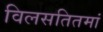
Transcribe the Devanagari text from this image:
विलसतितमां